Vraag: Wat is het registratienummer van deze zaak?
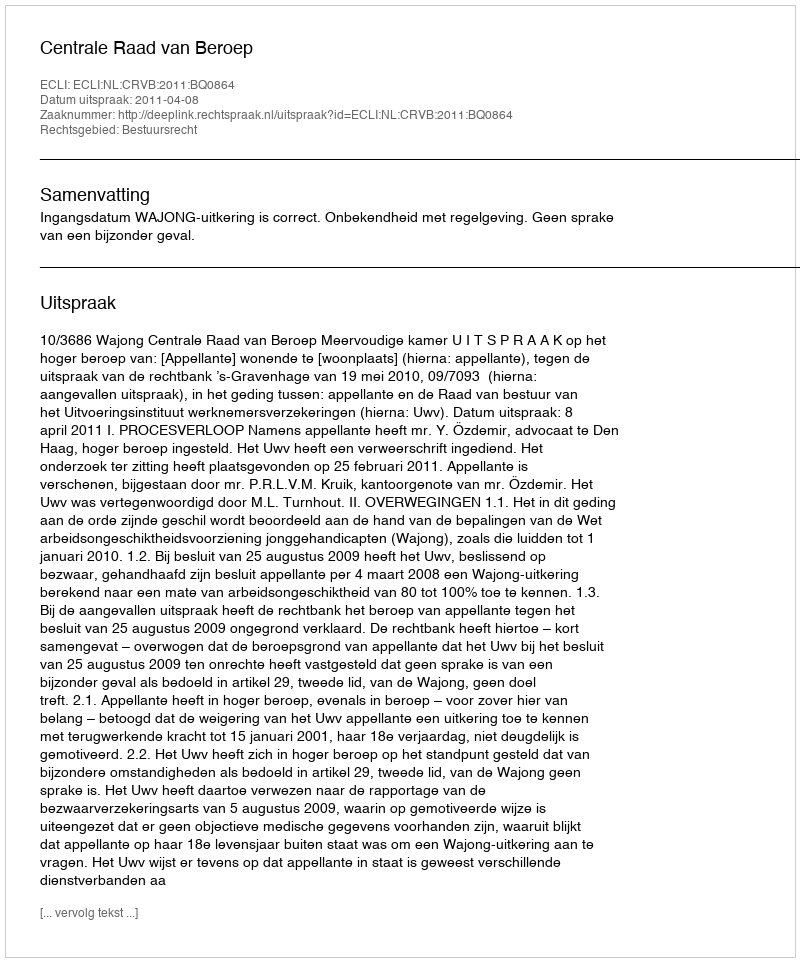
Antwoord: http://deeplink.rechtspraak.nl/uitspraak?id=ECLI:NL:CRVB:2011:BQ0864